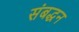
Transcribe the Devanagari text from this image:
संबद्धन